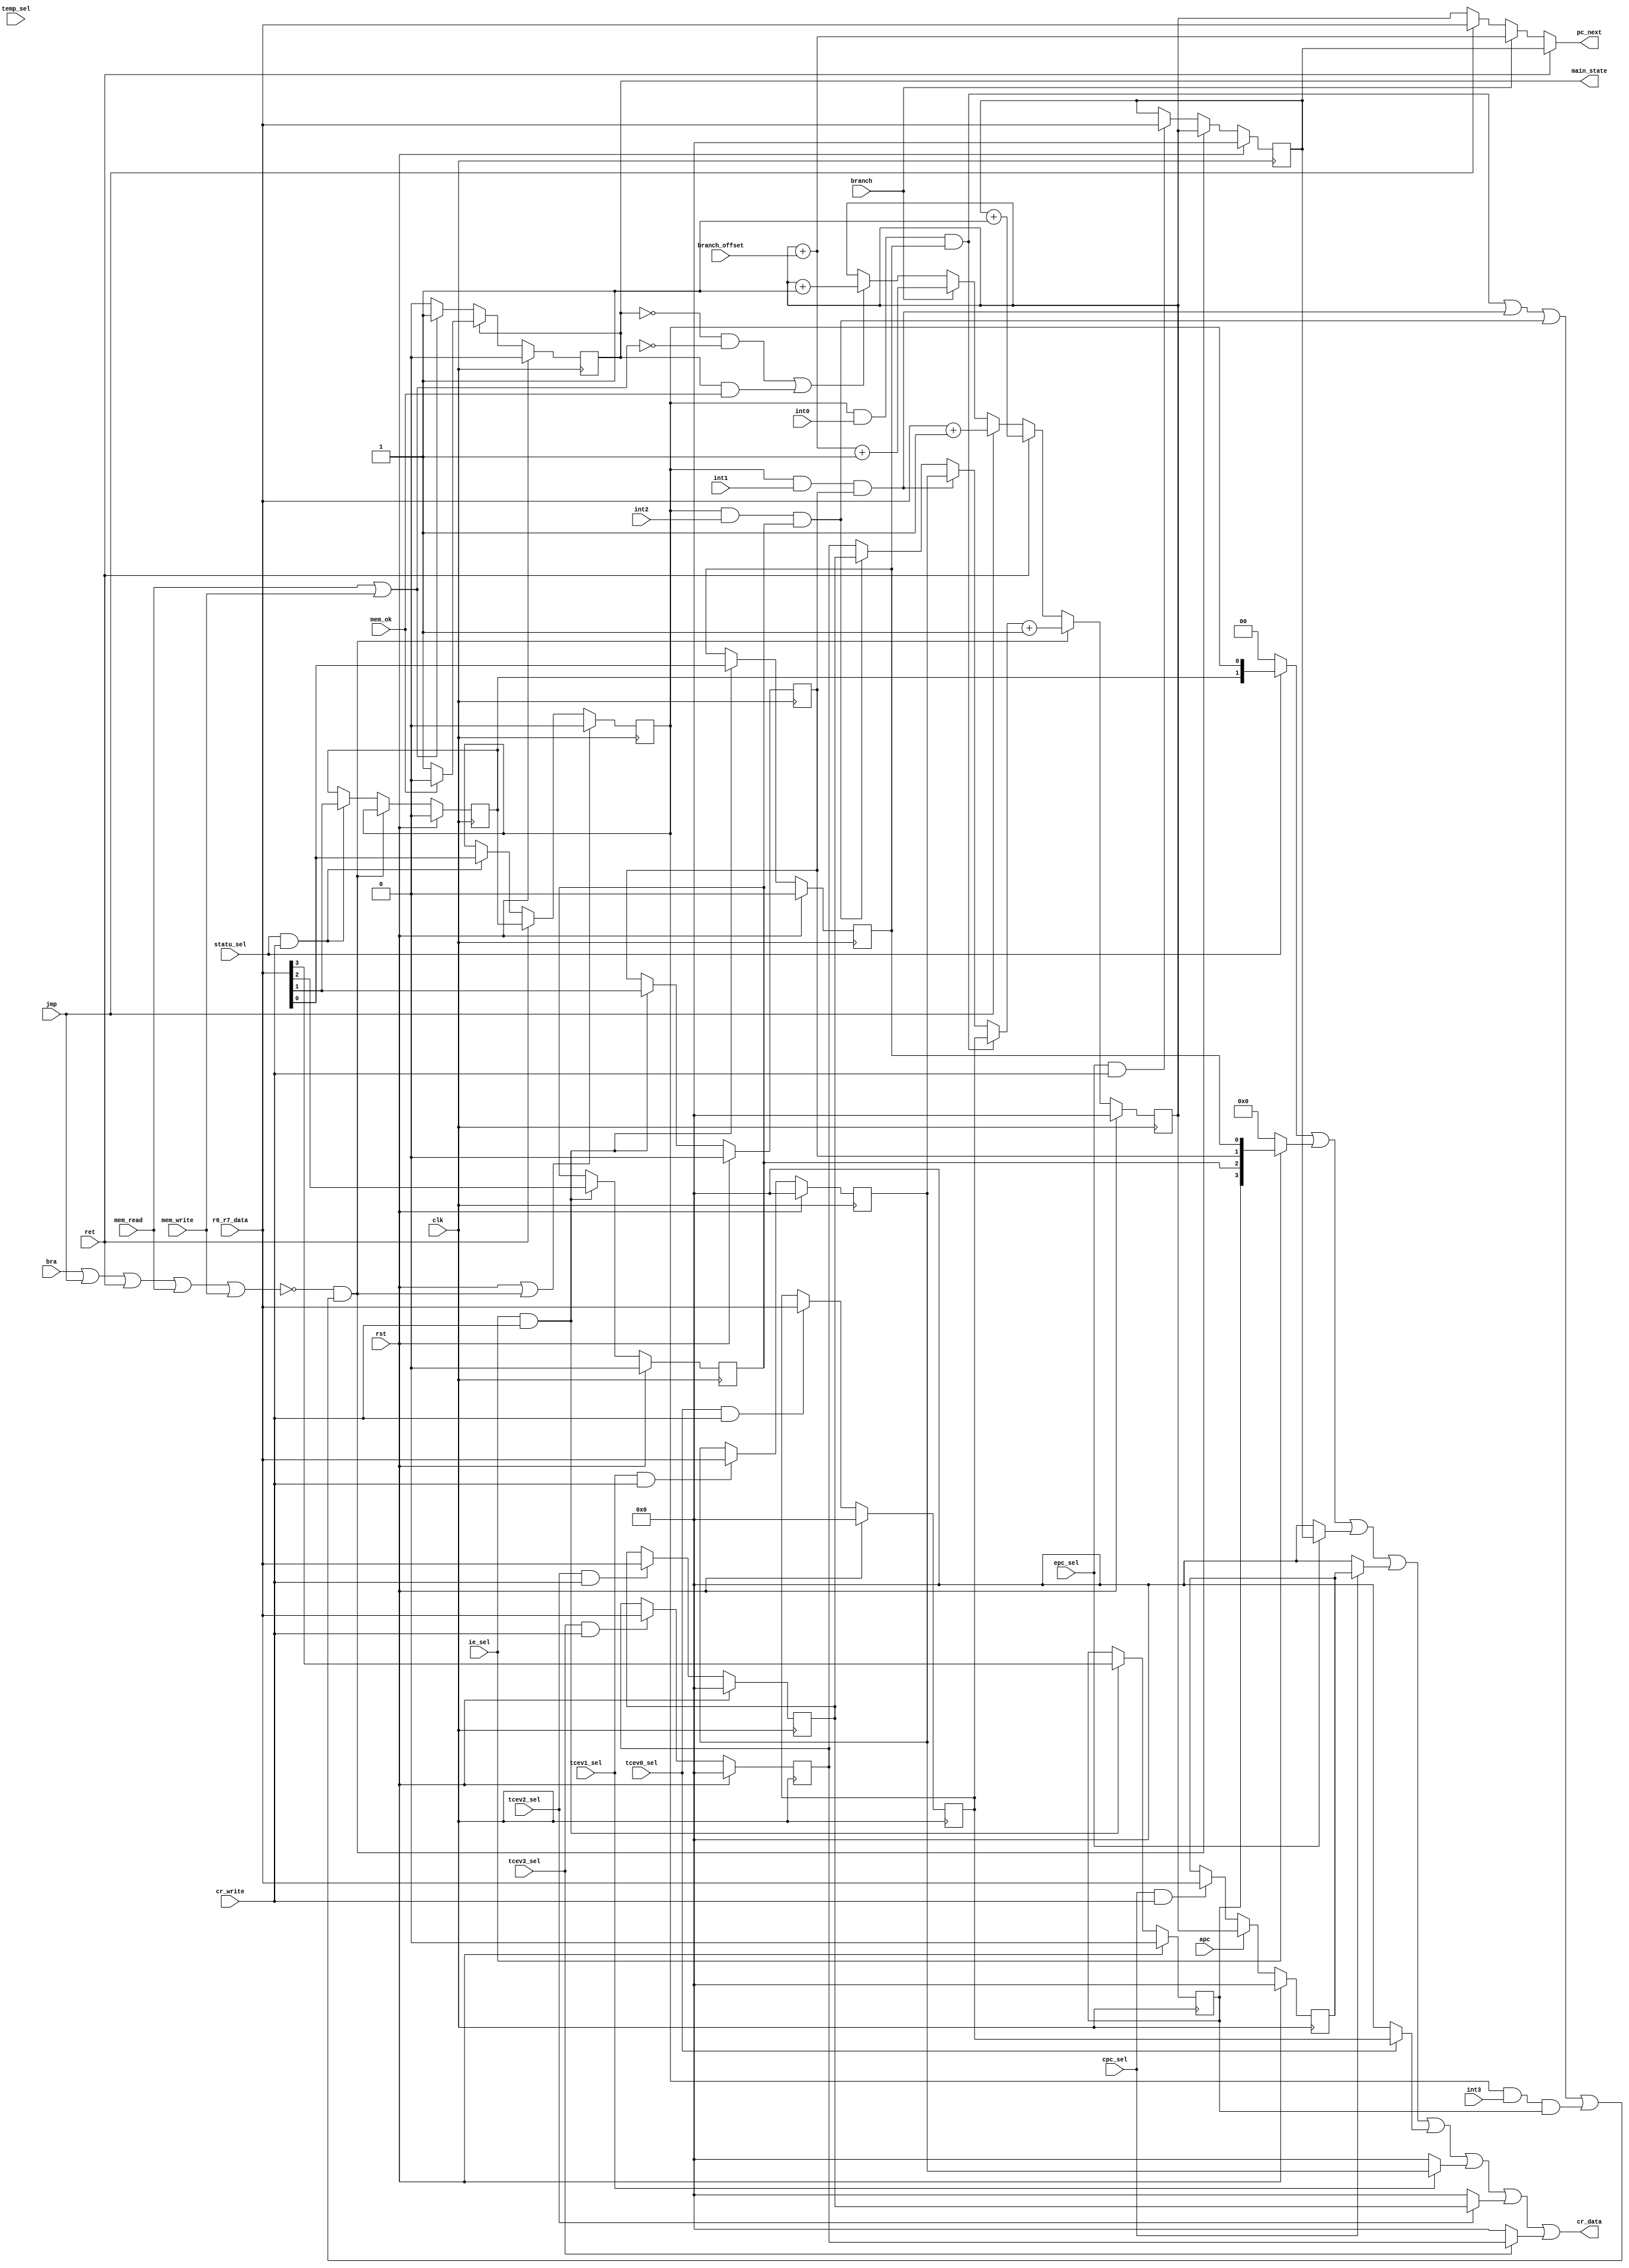
module cr(
input wire clk,
input wire rst,

output wire [15:0]pc_next,//asdf
//
input wire int0,
input wire int1,
input wire int2,
input wire int3,

//
input wire mem_read,		//
input wire mem_write,
input wire mem_ok,

input wire branch,

output reg main_state,//asdf

//cr
input wire statu_sel,
input wire ie_sel,
input wire epc_sel,
input wire cpc_sel,
input wire temp_sel,
input wire tcev0_sel,
input wire tcev1_sel,
input wire tcev2_sel,
input wire tcev3_sel,

input wire cr_write,

input wire [15:0]branch_offset,	//
//
input wire ret,	//
input wire apc,	//pc
input wire jmp,		//
input wire bra,		//

input wire [15:0]r6_r7_data,
output wire [15:0]cr_data

);

wire int_acc;		//
wire [15:0]tvec;

wire int0_acc;
wire int1_acc;
wire int2_acc;
wire int3_acc;

//STATU
reg GIE;
reg PGIE;
//IE
reg IE0;
reg IE1;
reg IE2;
reg IE3;
//PC
reg [15:0]PC;
//EPC
reg [15:0]EPC;
//CPC
reg [15:0]CPC;
//TEMP
reg [15:0]TEMP;
//TVEC
reg [15:0]TVEC0;

reg [15:0]TVEC1;
reg [15:0]TVEC2;
reg [15:0]TVEC3;


//main_state
always@(posedge clk)begin
	if(rst)begin
		main_state 	<=	1'b0;
	end
	else if(!main_state)begin		//T1
		main_state	<=	(mem_read | mem_write) ? 1'b1 : 1'b0;
	end
	else if(main_state)begin		//T0
		main_state	<=	mem_ok ? 1'b0 : main_state;
	end
end

//STATU
always@(posedge clk)begin
	if(rst | int_acc)begin
		GIE	<=	1'b0;
	end
	else if(ret)begin
		GIE	<=	PGIE;
	end
	else if(statu_sel & cr_write)begin
		GIE	<=	r6_r7_data[0];
	end
end

always@(posedge clk)begin
	if(rst)begin
		PGIE	<=	1'b0;
	end
	else if(int_acc)begin
		PGIE	<=	GIE;
	end
	else if(statu_sel & cr_write)begin
		PGIE	<=	r6_r7_data[1];
	end
end

//IE
always@(posedge clk)begin
	if(rst)begin
		IE0	<=	1'b0;
		IE1	<=	1'b0;
		IE2	<=	1'b0;
		IE3	<=	1'b0;
	end
	else if(ie_sel & cr_write)begin
		IE0	<=	r6_r7_data[0];
		IE1	<=	r6_r7_data[1];
		IE2	<=	r6_r7_data[2];
		IE3	<=	r6_r7_data[3];
	end
end
//EPC
always@(posedge clk)begin
	if(rst)begin
		EPC	<=	16'b0;
	end
	else if(int_acc)begin	//EPCPC
		EPC <=	PC;			//
	end
	else if(epc_sel & cr_write)begin
		EPC	<=	r6_r7_data;
	end
end
//CPC
always@(posedge clk)begin	
	if(rst)begin
		CPC	<=	16'b0;
	end
	else if(apc)begin
		CPC	<=	PC;
	end
	else if(cpc_sel & cr_write)begin
		CPC	<=	r6_r7_data;
	end
end
//PC
always@(posedge clk)begin
	if(rst)begin
		PC	<=	16'b0;
	end
	else if(int_acc)begin
		PC 	<=	tvec + 16'b1;	//PC2
	end
	else if(ret)begin
		PC	<=	EPC	+	16'b1;
	end
	else if(jmp)begin
		PC 	<=	r6_r7_data + 1'b1;
	end
	else if(branch)begin		// PC2
		PC	<=	PC + branch_offset + 16'b1;
	end
	else begin					//T0T1PC+1
		PC 	<=	((!main_state & !(mem_read|mem_write)) | (main_state & mem_ok)) ? PC + 8'b1 : PC;
	end
end

//TVEC0
always@ (posedge clk)begin
	if(rst)begin
		TVEC0	<=	16'b0;
	end
	else if(tcev0_sel & cr_write)begin
		TVEC0	<=	r6_r7_data;
	end
end

//TVEC1
always@ (posedge clk)begin
	if(rst)begin
		TVEC1	<=	16'b0;
	end
	else if(tcev1_sel & cr_write)begin
		TVEC1	<=	r6_r7_data;
	end
end
//TVEC2
always@ (posedge clk)begin
	if(rst)begin
		TVEC2	<=	16'b0;
	end
	else if(tcev2_sel & cr_write)begin
		TVEC2	<=	r6_r7_data;
	end
end
//TVEC3
always@ (posedge clk)begin
	if(rst)begin
		TVEC3	<=	16'b0;
	end
	else if(tcev3_sel & cr_write)begin
		TVEC3	<=	r6_r7_data;
	end
end

assign int0_acc	=	GIE & int0 & IE0;
assign int1_acc	=	GIE & int1 & IE1;
assign int2_acc	=	GIE & int2 & IE2;
assign int3_acc	=	GIE & int3 & IE3;
						
assign int_acc	=	!(bra | jmp | ret | mem_read|mem_write) & (int0_acc | int1_acc | int2_acc | int3_acc);//PC

assign tvec	=	int0_acc ? TVEC0 : int1_acc ? TVEC1 : int2_acc ? TVEC2 : TVEC3;

//PC
assign pc_next	=	ret ? EPC : branch ? (PC + branch_offset) : jmp ? (r6_r7_data) : PC;

assign cr_data	=	(statu_sel ? {14'b0,PGIE,GIE} : 16'b0) |
					(ie_sel	   ? {12'b0,IE3,IE2,IE1,IE0} : 16'b0)	|
					(epc_sel	?	EPC	:	16'b0)	|
					(cpc_sel	?	CPC :	16'b0)	|
					(tcev0_sel	?	TVEC0	:	16'b0)	|
					(tcev1_sel	?	TVEC1	:	16'b0)	|
					(tcev2_sel	?	TVEC2	:	16'b0)	|
					(tcev3_sel	?	TVEC3	:	16'b0);
				




endmodule